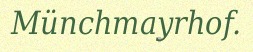
Münchmayrhof.